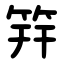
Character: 筓